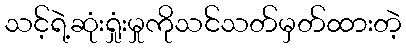
သင့်ရဲ့ဆုံးရှုံးမှုကိုသင်သတ်မှတ်ထားတဲ့